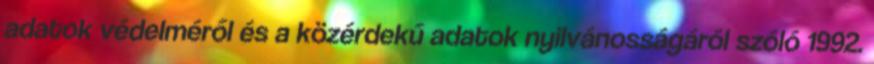
adatok védelméről és a közérdekű adatok nyilvánosságáról szóló 1992.